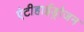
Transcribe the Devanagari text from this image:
एंटीहाईड्रोजन